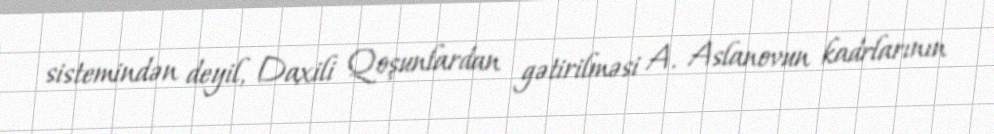
sistemindən deyil, Daxili Qoşunlardan gətirilməsi A. Aslanovun kadrlarının